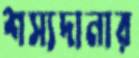
শস্যদানার